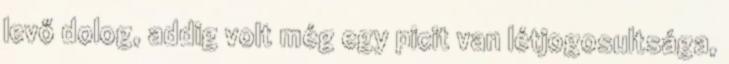
levő dolog, addig volt még egy picit van létjogosultsága,